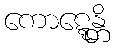
ကောဋ္ဋေန္တိ